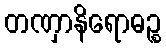
တဏှာနိရောဓဉ္စ